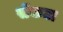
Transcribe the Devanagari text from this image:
सेंकटा